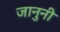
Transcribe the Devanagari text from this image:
जानुनी